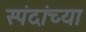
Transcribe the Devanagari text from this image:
स्पंदांच्या